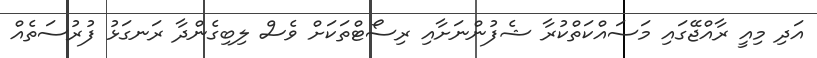
އަދި މިއީ ރާއްޖޭގައި މަސައްކަތްކުރާ ޝެފުންނަށާއި ރިސޯޓްތަކަށް ވެސް ލިބިގެންދާ ރަނގަޅު ފުރުސަތެއް